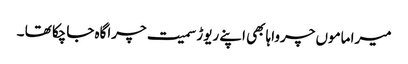
میرا ماموں چرواہا بھی اپنے ریوڑ سمیت چراگاہ جاچکا تھا ۔